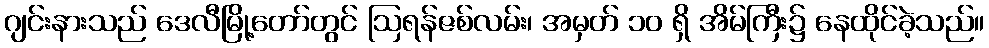
ဂျင်းနားသည် ဒေလီမြို့တော်တွင် ဩရန်ဇစ်လမ်း၊ အမှတ် ၁၀ ရှိ အိမ်ကြီး၌ နေထိုင်ခဲ့သည်။